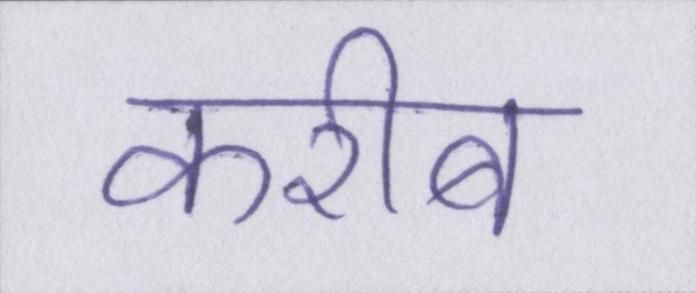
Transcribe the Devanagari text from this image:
करीब